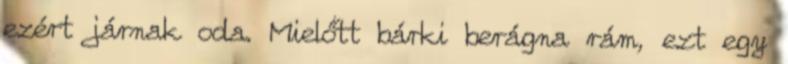
ezért járnak oda. Mielőtt bárki berágna rám, ezt egy